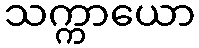
သက္ကာယော